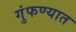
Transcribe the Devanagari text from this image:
गुंफण्यात